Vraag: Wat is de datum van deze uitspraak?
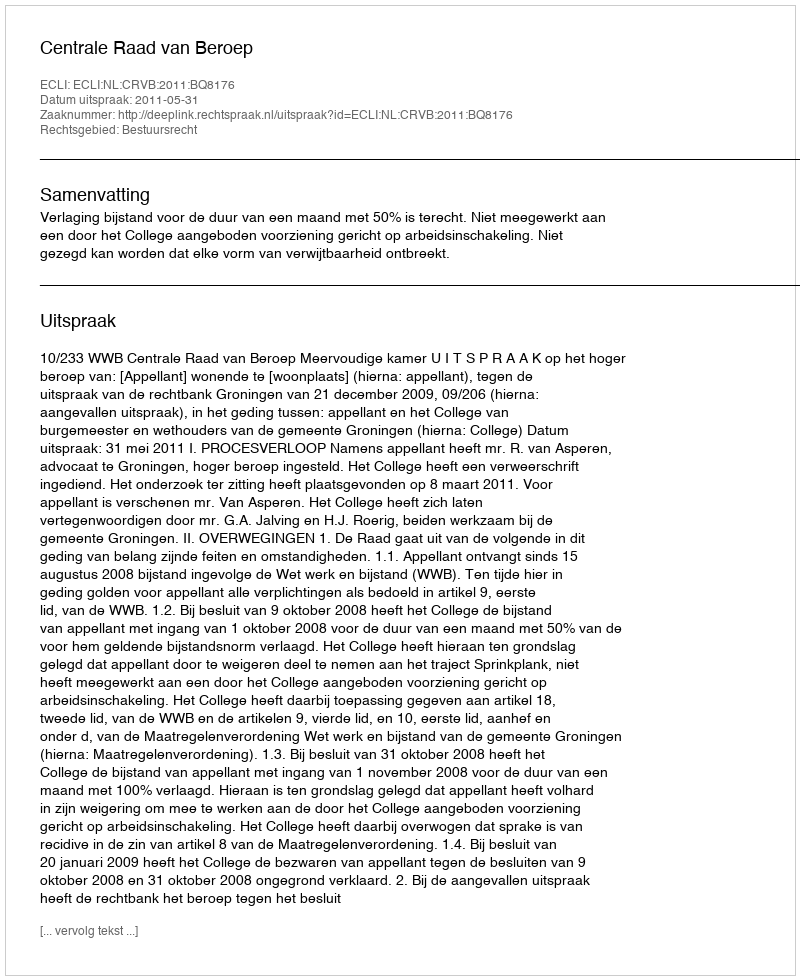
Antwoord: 2011-05-31